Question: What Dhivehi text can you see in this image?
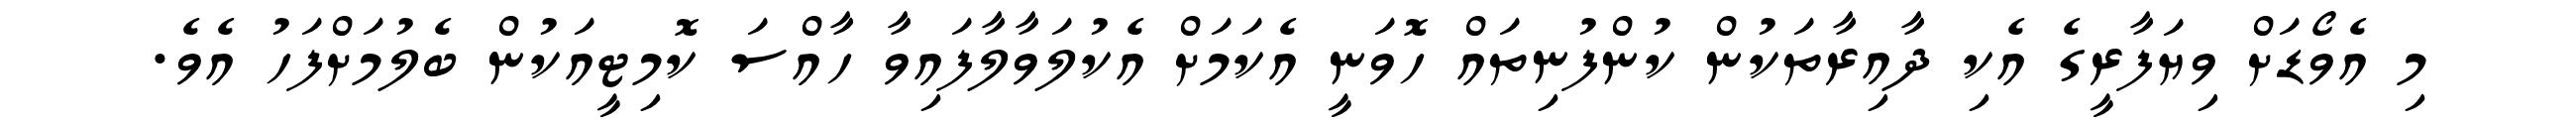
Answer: މި އެވޯޑަށް ވިޔަފާރީގެ އެކި ދާއިރާތަކުން ކުންފުނިތައް ހޮވަނީ އެކަމަށް އެކުލަވާލާފައިވާ ހާއްސަ ކޮމިޓީއަކުން ބެލުމަށްފަހު އެވެ.